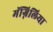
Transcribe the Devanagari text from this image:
मॅग्निलिया